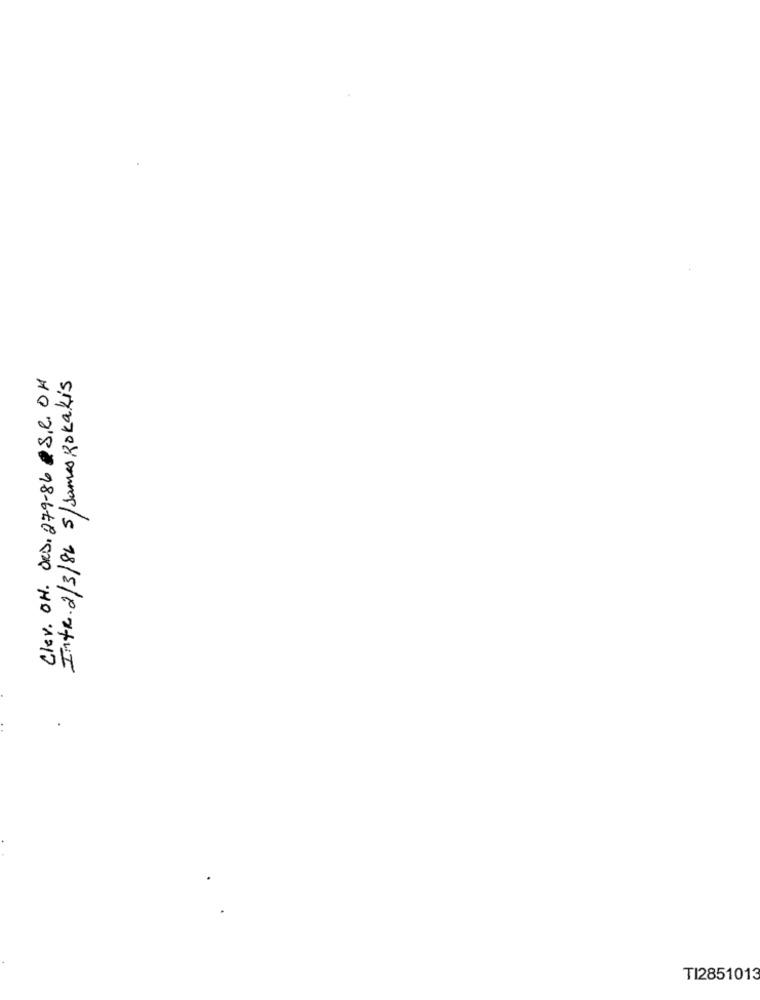
Clev. OH. ORD. 279-86 &S. R. DA
Intr. 2/3/86 5/James, Rokakis
TI2851013